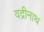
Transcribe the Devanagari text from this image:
वद्रीनाथ